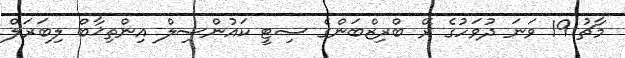
މާޗު 19 ވަނަ ދުވަހުގެ ރޭ ބްރިޒްބަންގެ ސިޓީ ކައުންސިލް އިންތިޚާބް ލިބަރަލް